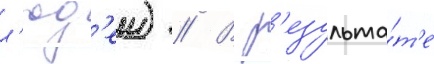
л'юд'еи) // В р'езульта́т'е